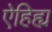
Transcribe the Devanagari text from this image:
ऐहिह्य